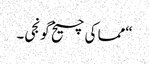
“مما کی چیخ گونجی۔